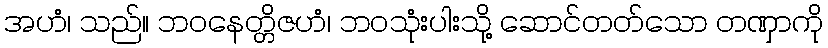
အဟံ၊ သည်။ ဘဝနေတ္တိဇဟံ၊ ဘဝသုံးပါးသို့ ဆောင်တတ်သော တဏှာကို